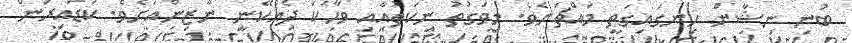
ބުނި ނިޝާން ހިނގައިގަތީ މައްޗަށެވެ. މިވަގުތު ނިކަތުއާއި ވާހަކަ ދެއްކޭނީ ނާޒިންއަށެވެ. ކުޑައިރުން